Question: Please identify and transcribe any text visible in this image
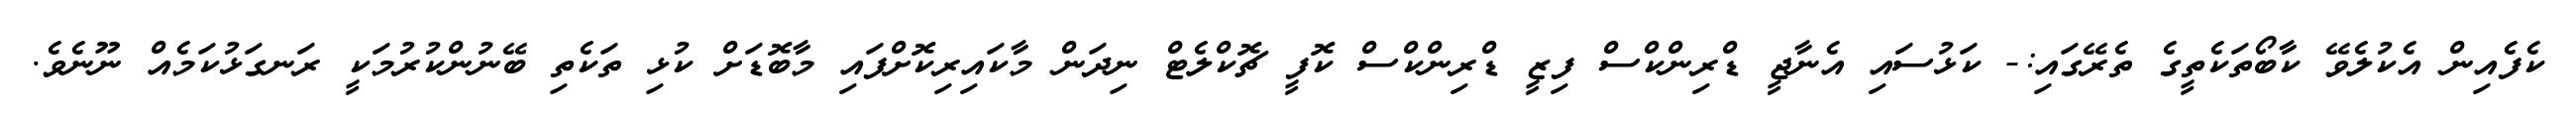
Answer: ކެފެއިން އެކުލެވޭ ކާބޯތަކެތީގެ ތެރޭގައި:- ކަޅުސައި އެނާޖީ ޑްރިންކްސް ފިޒީ ޑްރިންކްސް ކޮފީ ޗޮކްލެޓް ނިދަން މާކައިރިކޮށްފައި މާބޮޑަށް ކުޅި ތަކެތި ބޭނުންކުރުމަކީ ރަނގަޅުކަމެއް ނޫނެވެ.